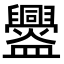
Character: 𥃘